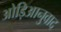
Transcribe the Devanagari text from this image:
ओड़िआनुवाद